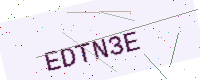
Text: EDTN3E